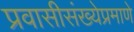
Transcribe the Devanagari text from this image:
प्रवासीसंख्येप्रमाणे